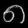
Digit: ၈